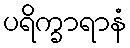
ပရိက္ခာရာနံ